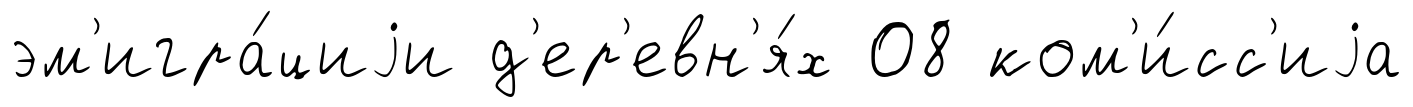
эм'игра́циjи д'ер'евн'я́х 08 ком'и́сс'иjа